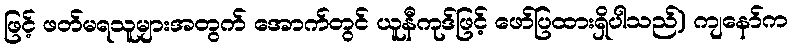
ဖြင့် ဖတ်မရသူများအတွက် အောက်တွင် ယူနီကုဒ်ဖြင့် ဖော်ပြထားရှိပါသည်) ကျနော်က